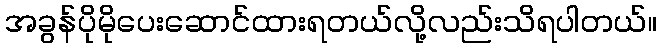
အခွန်ပိုမိုပေးဆောင်ထားရတယ်လို့လည်းသိရပါတယ်။